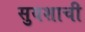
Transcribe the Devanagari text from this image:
सुयशाची